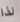
لذا